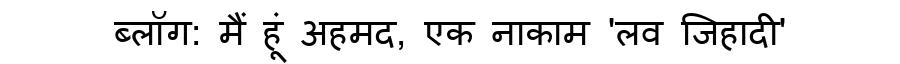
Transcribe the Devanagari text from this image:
ब्लॉग: मैं हूं अहमद, एक नाकाम 'लव जिहादी'